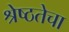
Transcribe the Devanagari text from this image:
श्रेष्ठतेचा